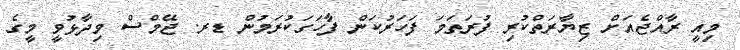
މިއީ ރާއްޖެއަށް ޒިޔާރަތްކުރި ފުރަތަމަ ފަހަރުކަން ފާހަގަކުރަމުން ޑރ. ޖޭމްސް ވިދާޅުވީ މީގެ